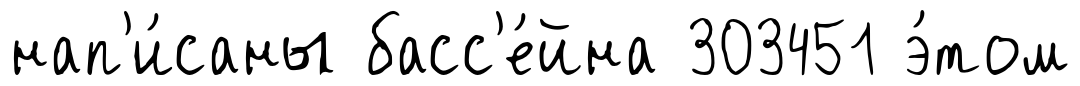
нап'и́саны басс'е́йна 303451 э́том